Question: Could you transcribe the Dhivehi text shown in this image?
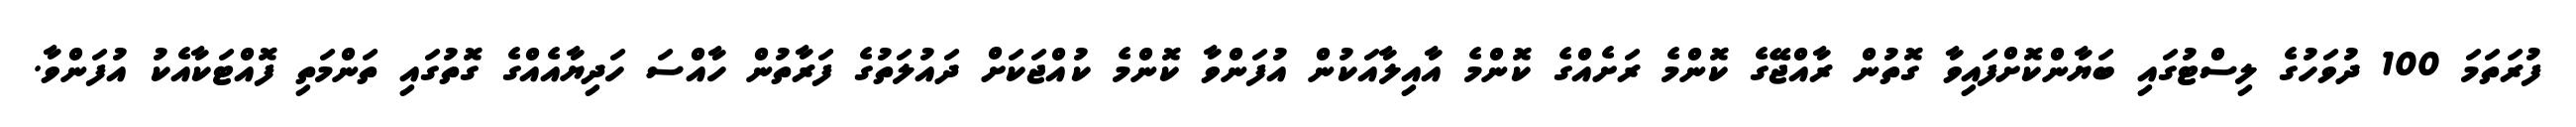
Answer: ފުރަތަމަ 100 ދުވަހުގެ ލިސްޓުގައި ބަޔާންކޮށްފައިވާ ގޮތުން ރާއްޖޭގެ ކޮންމެ ރަށެއްގެ ކޮންމެ އާއިލާއަކުން އުފަންވާ ކޮންމެ ކުއްޖަކަށް ދައުލަތުގެ ފަރާތުން ހާއްސަ ހަދިޔާއެއްގެ ގޮތުގައި ތަންމަތި ފޮއްޓަކާއެކު އުފަންވާ.